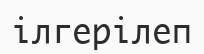
ілгерілеп